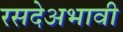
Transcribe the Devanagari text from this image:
रसदेअभावी